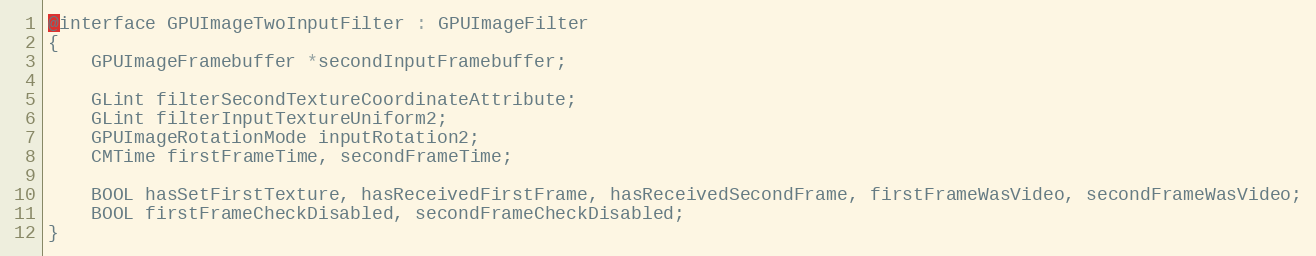
Language: C
@interface GPUImageTwoInputFilter : GPUImageFilter
{
    GPUImageFramebuffer *secondInputFramebuffer;

    GLint filterSecondTextureCoordinateAttribute;
    GLint filterInputTextureUniform2;
    GPUImageRotationMode inputRotation2;
    CMTime firstFrameTime, secondFrameTime;

    BOOL hasSetFirstTexture, hasReceivedFirstFrame, hasReceivedSecondFrame, firstFrameWasVideo, secondFrameWasVideo;
    BOOL firstFrameCheckDisabled, secondFrameCheckDisabled;
}